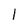
Character: 1